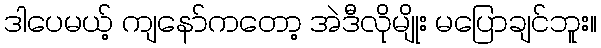
ဒါပေမယ့် ကျနော်ကတော့ အဲဒီလိုမျိုး မပြောချင်ဘူး။